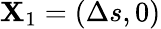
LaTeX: \mathbf{X}_{1}=(\Delta{s},0)